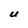
Character: U